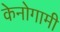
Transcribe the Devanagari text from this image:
केनोगामी